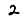
Digit: 2